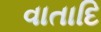
વાતાદિ